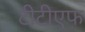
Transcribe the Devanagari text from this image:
टीटीएफ